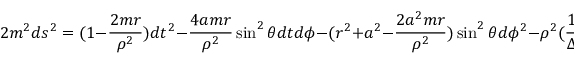
2 m ^ { 2 } d s ^ { 2 } = ( 1 - \frac { 2 m r } { \rho ^ { 2 } } ) d t ^ { 2 } - \frac { 4 a m r } { \rho ^ { 2 } } \sin ^ { 2 } \theta d t d \phi - ( r ^ { 2 } + a ^ { 2 } - \frac { 2 a ^ { 2 } m r } { \rho ^ { 2 } } ) \sin ^ { 2 } \theta d \phi ^ { 2 } - \rho ^ { 2 } ( \frac { 1 } { \Delta } d r ^ { 2 } + d \theta ^ { 2 } ) ,